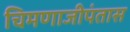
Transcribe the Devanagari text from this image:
चिमणाजीपंतास